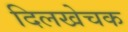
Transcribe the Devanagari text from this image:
दिलखेचक